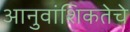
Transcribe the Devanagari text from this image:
आनुवांशिकतेचे